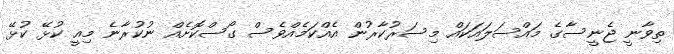
ތިވާނީ ޖެނީސާގެ މައްސަލައަކައް މިސަރުކާރުން އެއްކަމެއްވެސް ގޯސްކޮށެއް ނުކުރާނެ މިއީ ކުޅޭ ކުޅޭ